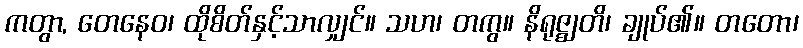
ကတွာ, တေနေဝ၊ ထိုစိတ်နှင့်သာလျှင်။ သဟ၊ တကွ။ နိရုဇ္ဈတိ၊ ချုပ်၏။ တတော၊